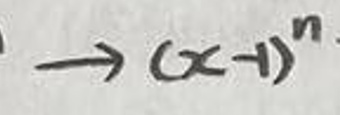
$\rightarrow (x - 1)^n$